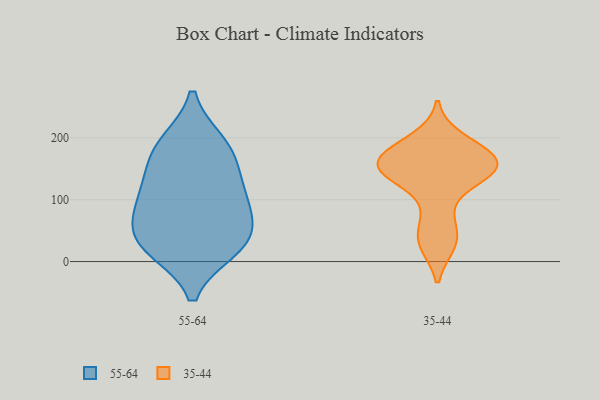
{"axis": {"x": "Conversion Rate (%)", "y": "Value"}, "legend": ["35-44", "55-64"], "data": [{"x": "", "y": 119, "type": "55-64"}, {"x": "", "y": 22, "type": "55-64"}, {"x": "", "y": 163, "type": "55-64"}, {"x": "", "y": 80, "type": "55-64"}, {"x": "", "y": 83, "type": "55-64"}, {"x": "", "y": 34, "type": "55-64"}, {"x": "", "y": 191, "type": "55-64"}, {"x": "", "y": 118, "type": "55-64"}, {"x": "", "y": 44, "type": "55-64"}, {"x": "", "y": 21, "type": "55-64"}, {"x": "", "y": 187, "type": "55-64"}, {"x": "", "y": 150, "type": "35-44"}, {"x": "", "y": 34, "type": "35-44"}, {"x": "", "y": 172, "type": "35-44"}, {"x": "", "y": 141, "type": "35-44"}, {"x": "", "y": 159, "type": "35-44"}, {"x": "", "y": 142, "type": "35-44"}, {"x": "", "y": 73, "type": "35-44"}, {"x": "", "y": 136, "type": "35-44"}, {"x": "", "y": 166, "type": "35-44"}, {"x": "", "y": 28, "type": "35-44"}, {"x": "", "y": 198, "type": "35-44"}, {"x": "", "y": 178, "type": "35-44"}]}